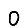
Digit: 0